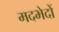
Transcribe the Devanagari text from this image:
मदभेदों